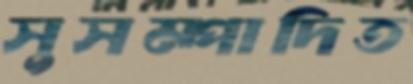
সুসম্পাদিত